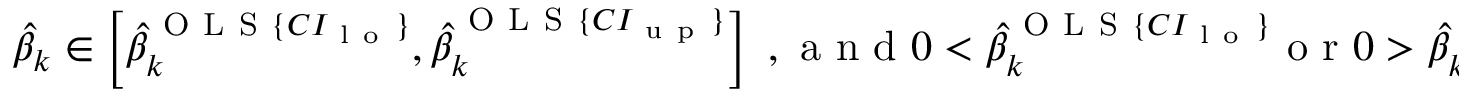
\begin{array} { r } { \hat { \beta } _ { k } \in \left[ \hat { \beta } _ { k } ^ { \mathrm { ~ O ~ L ~ S ~ } \{ C I _ { \mathrm { ~ l ~ o ~ } } \} } , \hat { \beta } _ { k } ^ { \mathrm { ~ O ~ L ~ S ~ } \{ C I _ { \mathrm { ~ u ~ p ~ } } \} } \right] \mathrm { ~ , ~ a ~ n ~ d ~ } 0 < \hat { \beta } _ { k } ^ { \mathrm { ~ O ~ L ~ S ~ } \{ C I _ { \mathrm { ~ l ~ o ~ } } \} } \mathrm { ~ o ~ r ~ } 0 > \hat { \beta } _ { k } ^ { \mathrm { ~ O ~ L ~ S ~ } \{ C I _ { \mathrm { ~ u ~ p ~ } } \} } } \end{array}